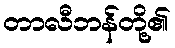
တာလီဘန်တို့၏